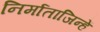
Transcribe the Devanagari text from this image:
निर्माताजिन्हें